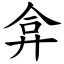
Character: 弇